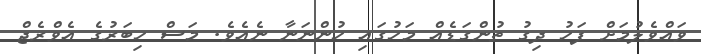
ވައްވެލުމަށް ފަހު ދިގު ތުންގަޑެއް މަހުގައި ހުންނަނާ ނެއެވެ. މަސް ހިބަރުގެ އެވްރެޖް